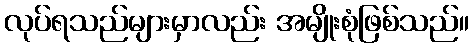
လုပ်ရသည်များမှာလည်း အမျိုးစုံဖြစ်သည်။